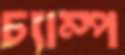
চ্যাম্প